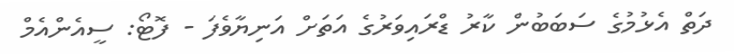
ދަތް އެޅުމުގެ ސަބަބުން ކާރު ޑްރައިވަރުގެ އަތަށް އަނިޔާވެފަ - ފޮޓޯ: ސީއެންއެމް